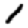
Digit: 1